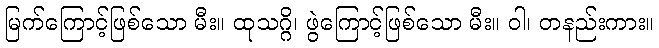
မြက်ကြောင့်ဖြစ်သော မီး။ ထုသဂ္ဂိ၊ ဖွဲကြောင့်ဖြစ်သော မီး။ ဝါ၊ တနည်းကား။